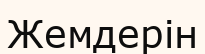
Жемдерін